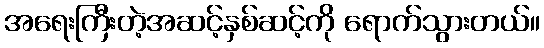
အရေးကြီးတဲ့အဆင့်နှစ်ဆင့်ကို ရောက်သွားတယ်။